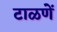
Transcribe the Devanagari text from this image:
टाळणें